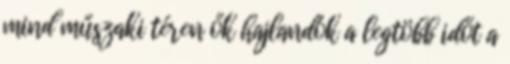
mind műszaki téren ők hajlandók a legtöbb időt a